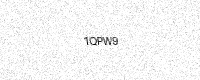
Text: 1QPW9